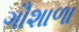
ગૌશાળા